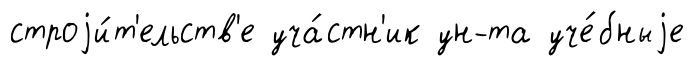
строjи́т'ельств'е уча́стн'ик ун-та уче́бныjе